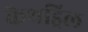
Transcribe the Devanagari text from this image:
कैथड्रिल